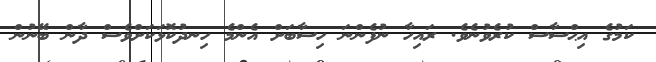
ކަމުގެ އިޙްސާސް ކުރެވުނެވެ. ރައިހާ ނުފެންނަ ހިސާބަށް އެންމެ ހިނދުކޮޅަކަށްވެސް ދާން ބޭނުން